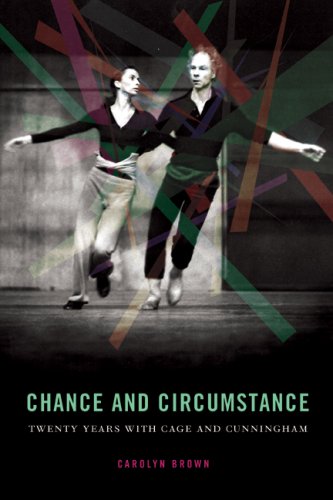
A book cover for Chance and Circumstance: Twenty Years with Cage and Cunningham (English and English Edition); Carolyn Brown; Biographies & Memoirs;